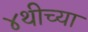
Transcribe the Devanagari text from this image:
४थीच्या